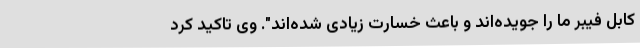
کابل فیبر ما را جویده‌اند و باعث خسارت زیادی شده‌اند". وی تاکید کرد